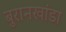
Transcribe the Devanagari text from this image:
बुरानखांडा